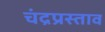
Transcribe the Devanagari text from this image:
चंद्रप्रस्ताव